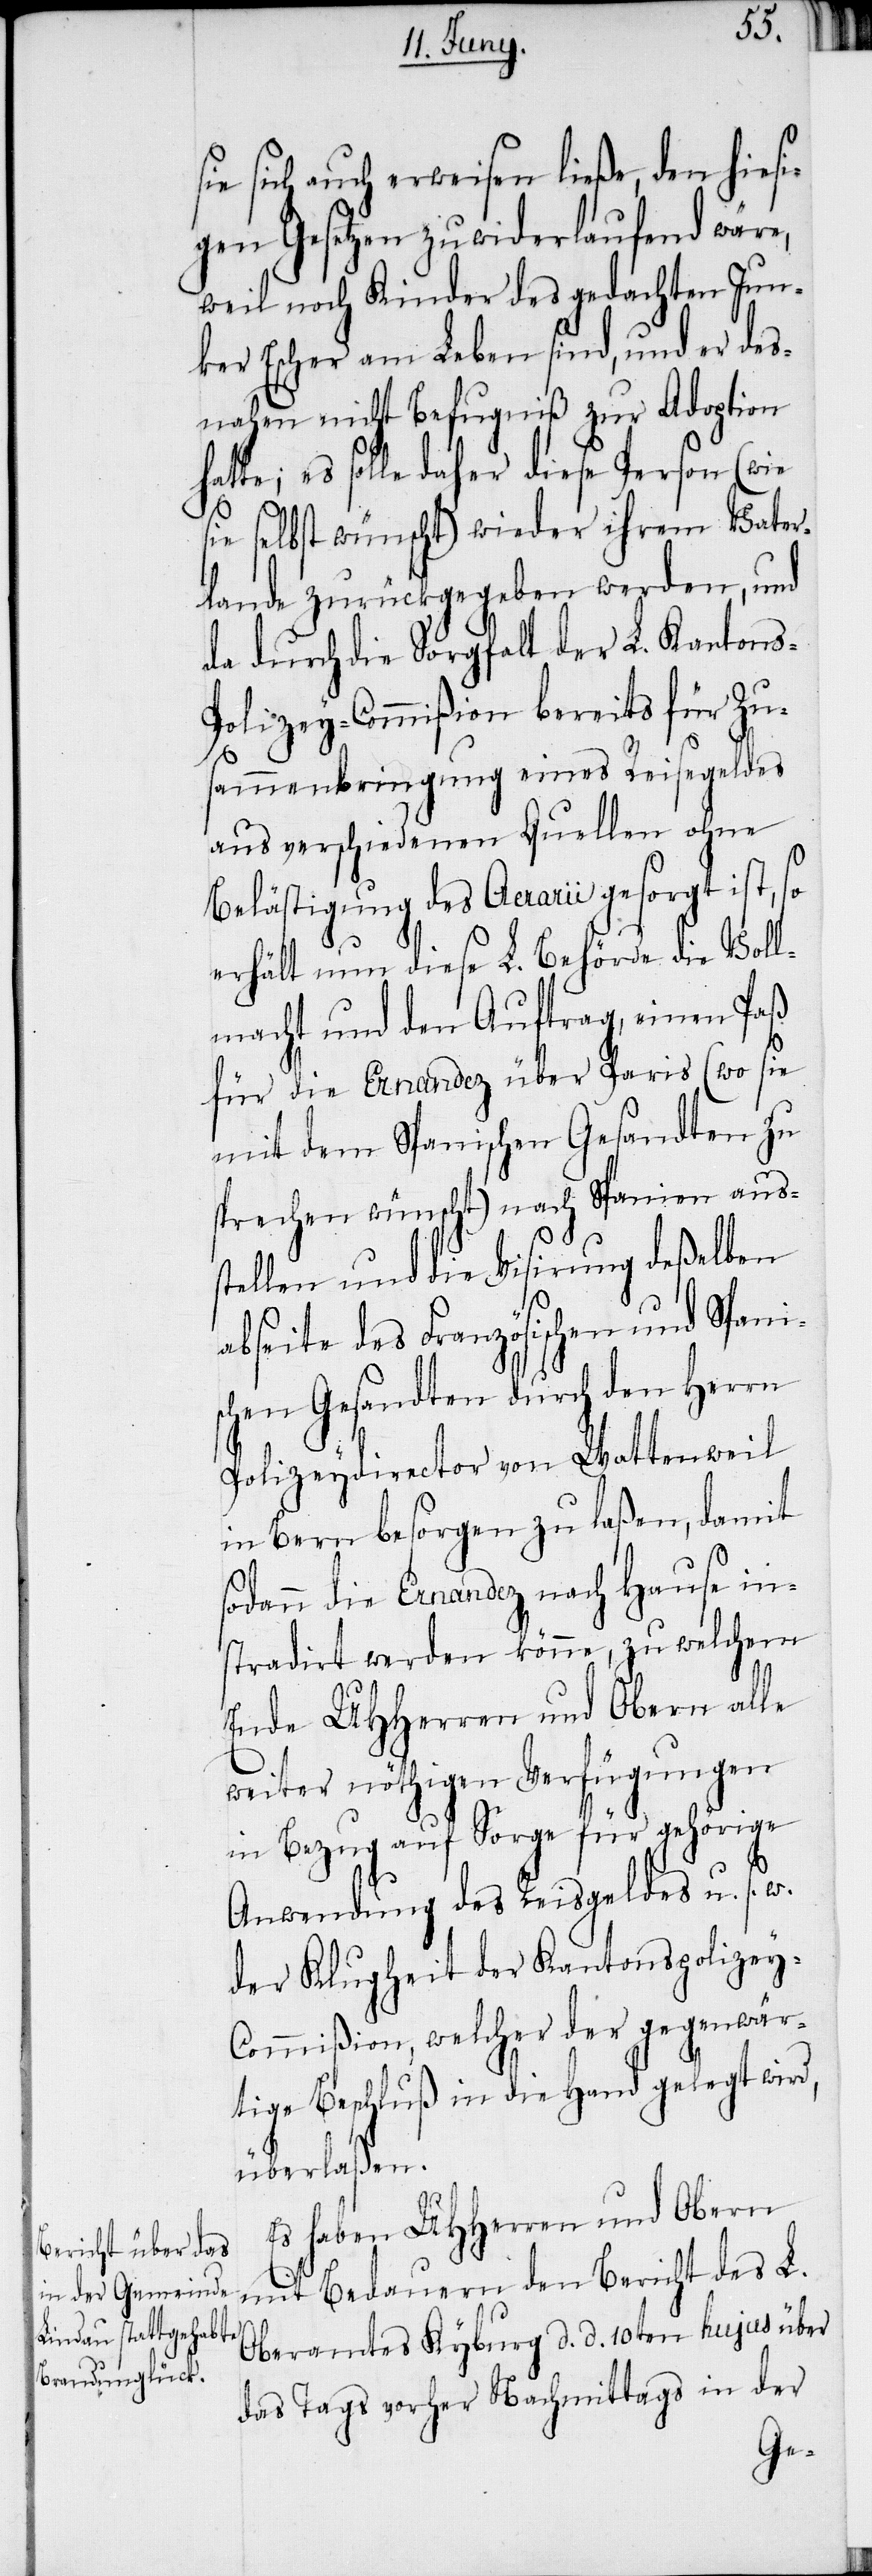
sie sich auch erweisen ließe, den hiesi¬
gen Gesetzen zuwiderlaufend wäre,
weil noch Kinder des gedachten Jun¬
ker Escher am Leben sind, und er des¬
nahen nicht Befugniß zur Adoption
es solle daher diese Person (wie
sie selbst wünscht) wieder ihrem Vater¬
lande zurückgegeben werden, und
da durch die Sorgfalt der L. Kantons-P¬
olizey-Commißion bereits für Zu¬
sammenbringung eines Reisegeldes
aus verschiedenen Quellen ohne
Belästigung des Aerarii gesorgt ist, so
erhält nun diese L. Behörde die Voll¬
macht und den Auftrag, einen Paß
für die Ernandez über Paris (wo sie
mit dem Spanischen Gesandten zu
sprechen wünscht) nach Spanien auss¬
tellen und die Visirung deßelben
abseite des Französischen und Spani¬
schen Gesandten durch den Herrn
Polizeydirector von Wattenweil
in Bern besorgen zu laßen, damit
sodann die Ernandez nach Hause in¬
stradirt werden könne, zu welchem
Ende UHHerren und Obern alle
weiter nöthigen Verfügungen
in Bezug auf Sorge für gehörige
Anwendung des Reisgeldes u. s. w.
der Klugheit der Kantonspolizey-C¬
ommißion, welcher der gegenwär¬
tige Beschluß in die Hand gelegt wird,
überlaßen.
Es haben UHHerren und Obern
mit bedauern den Bericht des L.
Oberamtes Kyburg d. d. 10ten hujus über
des Tags vorher Nachmittags in der